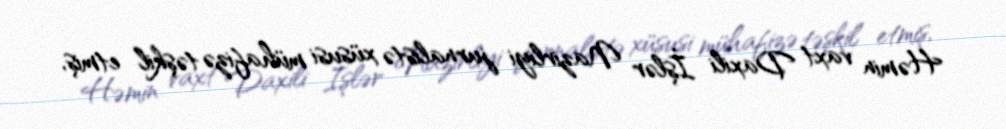
Həmin vaxt Daxili İşlər Nazirliyi jurnalistə xüsusi mühafizə təşkil etmiş,